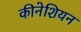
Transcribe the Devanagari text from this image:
कीनेशियन